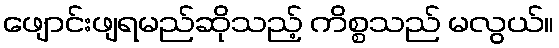
ဖျောင်းဖျရမည်ဆိုသည့် ကိစ္စသည် မလွယ်။